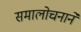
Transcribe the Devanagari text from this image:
समालोचनाने